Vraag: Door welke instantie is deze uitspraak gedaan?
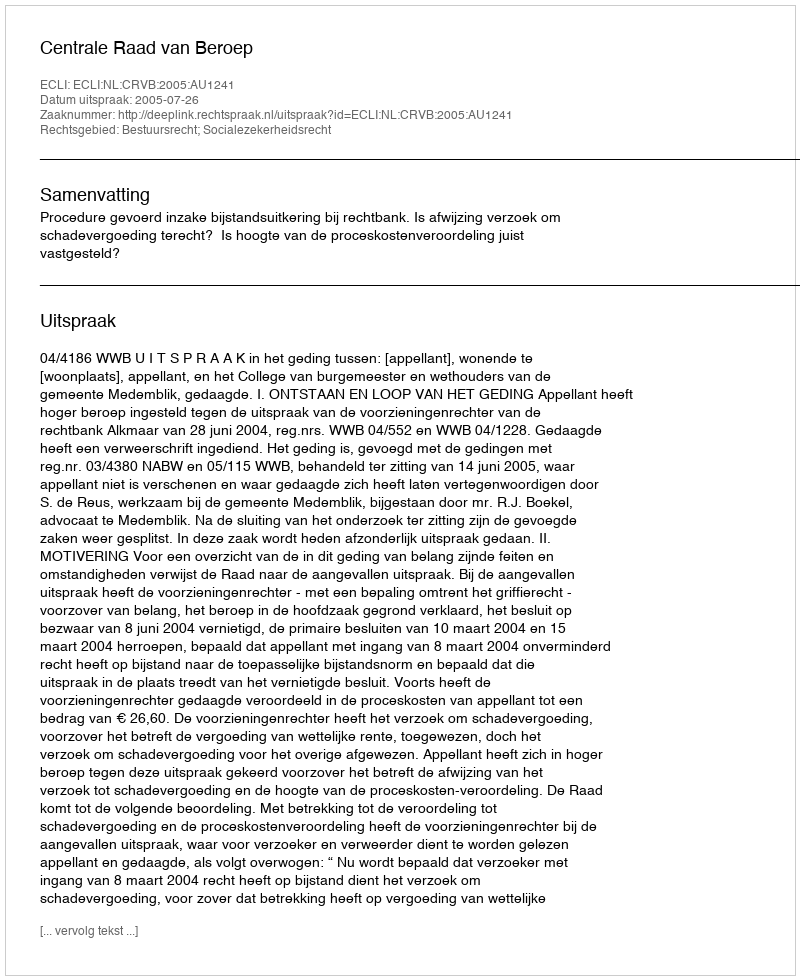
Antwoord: Centrale Raad van Beroep